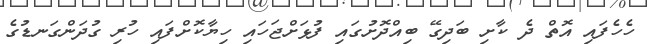
ހެހެފައި އޮތް ދެ ކާށި ބަދިގޭ ބިއްދޮށުގައި ފުޅަށްޖަހައި ހިޔާކޮށްފައި ހުރި ގުދަންގަނޑުގެ